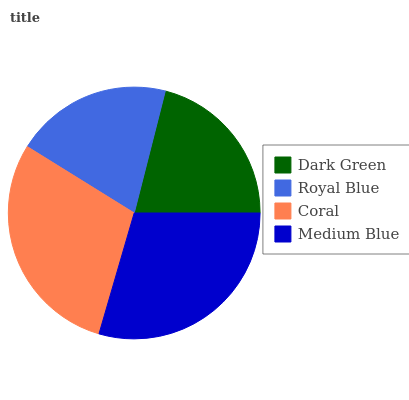
| Dark Green | Royal Blue | Coral | Medium Blue |
 | --- | --- | --- | --- |
 | 21.1% | 20.1% | 29.3% | 29.5% |